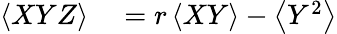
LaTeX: \begin{array}{rl}{\left<XYZ\right>}&{{}=r\left<XY\right>-\left<Y^{2}\right>}\end{array}